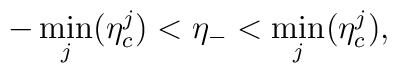
-\min_{j}(\eta^{j}_{c}) < \eta_{-} < \min_{j}(\eta^{j}_{c}),